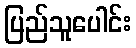
ပြည်သူပေါင်း